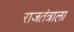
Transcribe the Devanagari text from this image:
राजतंत्राला